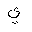
Letter: _ya